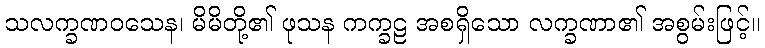
သလက္ခဏဝသေန၊ မိမိတို့၏ ဖုသန ကက္ခဠ အစရှိသော လက္ခဏာ၏ အစွမ်းဖြင့်။